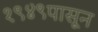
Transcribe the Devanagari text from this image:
१९४९पासून